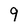
Character: 9